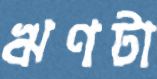
ঋণটা